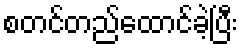
စတင်တည်ထောင်ခဲ့ပြီး